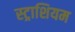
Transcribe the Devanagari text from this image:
स्ट्राशियम